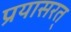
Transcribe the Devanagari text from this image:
प्रयासरत्